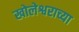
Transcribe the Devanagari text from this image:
खोलेश्वराच्या